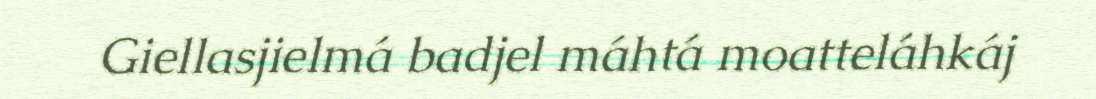
Giellasjielmá badjel máhtá moatteláhkáj